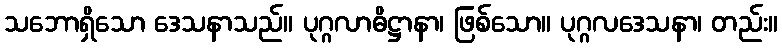
သဘောရှိသော ဒေသနာသည်။ ပုဂ္ဂလာဓိဋ္ဌာနာ၊ ဖြစ်သော။ ပုဂ္ဂလဒေသနာ၊ တည်း။